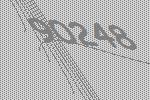
90248